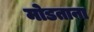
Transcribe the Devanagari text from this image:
मोडताना